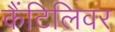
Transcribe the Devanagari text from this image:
कैंटिलिवर